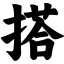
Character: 搭